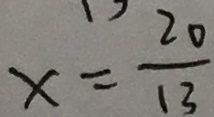
x = \frac { 2 0 } { 1 3 }